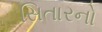
સિતારનો